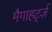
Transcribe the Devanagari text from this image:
मैगाहर्ट्ज़